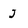
Character: j